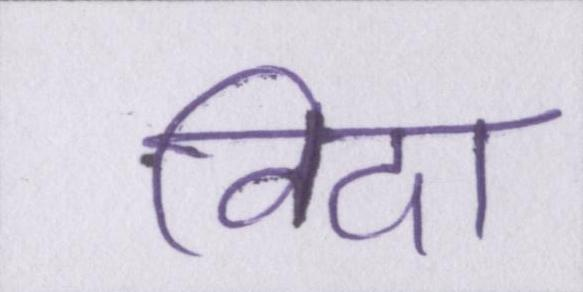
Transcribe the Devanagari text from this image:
विदा